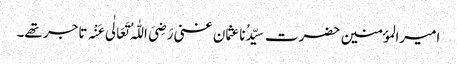
امیرالمؤمنین حضرت سیِّدُناعثمان غنی رَضِیَ اللّٰہُ تَعَالٰی عَنْہ تاجر تھے۔